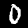
Digit: 0